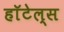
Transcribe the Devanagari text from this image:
हाॅटेल्स